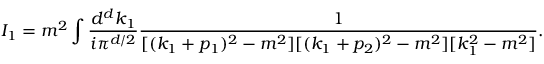
I _ { 1 } = m ^ { 2 } \int \frac { d ^ { d } k _ { 1 } } { i \pi ^ { d / 2 } } \frac { 1 } { [ ( k _ { 1 } + p _ { 1 } ) ^ { 2 } - m ^ { 2 } ] [ ( k _ { 1 } + p _ { 2 } ) ^ { 2 } - m ^ { 2 } ] [ k _ { 1 } ^ { 2 } - m ^ { 2 } ] } .